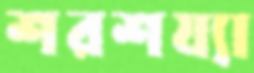
শরশয্যা